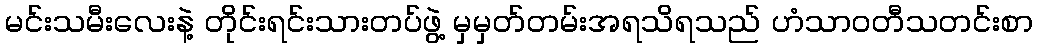
မင်းသမီးလေးနဲ့ တိုင်းရင်းသားတပ်ဖွဲ့ မှမှတ်တမ်းအရသိရသည် ဟံသာဝတီသတင်းစာ